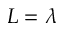
L = \lambda